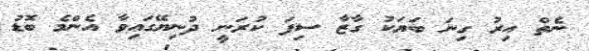
ނެތް އިރު ގިނަ ބަޔަކު ގާޒާ ސިފަ ކުރަނީ ދުނިޔޭގައިވާ އެންމެ ބޮޑު